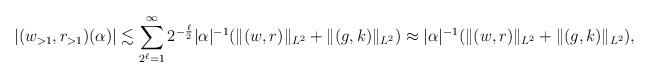
LaTeX: \begin{align*}|(w_{>1} ,r_{> 1})(\alpha)| \lesssim \sum_{2^\ell=1}^\infty 2^{-\frac{\ell}2} |\alpha|^{-1} (\|(w,r)\|_{L^2} + \|(g,k)\|_{L^2}) \approx |\alpha|^{-1}(\|(w,r)\|_{L^2} + \|(g,k)\|_{L^2}) ,\end{align*}